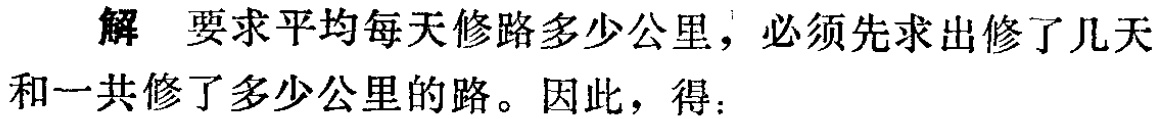
解 要求平均每天修路多少公里，必须先求出修了几天和一共修了多少公里的路。因此，得：